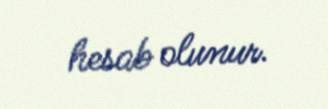
hesab olunur.